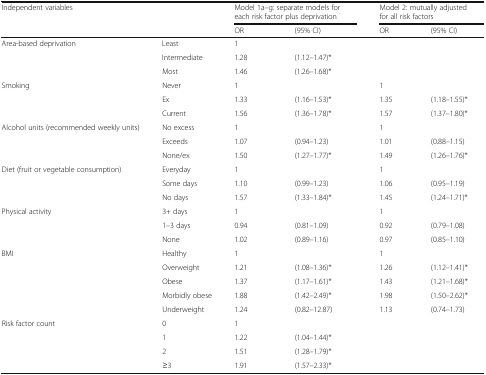
| <ROWSPAN=2> Independent variables | <ROWSPAN=2>  | <COLSPAN=2> Model 1a–g: separate models for each risk factor plus deprivation | <COLSPAN=2> Model 2: mutually adjusted for all risk factors |
 | OR | (95% CI) | OR | (95% CI) |
 | --- | --- | --- | --- | --- | --- |
 | <ROWSPAN=3> Area-based deprivation | Least | 1 |  |  |  |
 | Intermediate | 1.28 | (1.12–1.47)* |  |  |
 | Most | 1.46 | (1.26–1.68)* |  |  |
 | <ROWSPAN=3> Smoking | Never | 1 |  | 1 |  |
 | Ex | 1.33 | (1.16–1.53)* | 1.35 | (1.18–1.55)* |
 | Current | 1.56 | (1.36–1.78)* | 1.57 | (1.37–1.80)* |
 | <ROWSPAN=3> Alcohol units (recommended weekly units) | No excess | 1 |  | 1 |  |
 | Exceeds | 1.07 | (0.94–1.23) | 1.01 | (0.88–1.15) |
 | None/ex | 1.50 | (1.27–1.77)* | 1.49 | (1.26–1.76)* |
 | <ROWSPAN=3> Diet (fruit or vegetable consumption) | Everyday | 1 |  | 1 |  |
 | Some days | 1.10 | (0.99–1.23) | 1.06 | (0.95–1.19) |
 | No days | 1.57 | (1.33–1.84)* | 1.45 | (1.24–1.71)* |
 | <ROWSPAN=3> Physical activity | 3+ days | 1 |  | 1 |  |
 | 1–3 days | 0.94 | (0.81–1.09) | 0.92 | (0.79–1.08) |
 | None | 1.02 | (0.89–1.16) | 0.97 | (0.85–1.10) |
 | <ROWSPAN=5> BMI | Healthy | 1 |  | 1 |  |
 | Overweight | 1.21 | (1.08–1.36)* | 1.26 | (1.12–1.41)* |
 | Obese | 1.37 | (1.17–1.61)* | 1.43 | (1.21–1.68)* |
 | Morbidly obese | 1.88 | (1.42–2.49)* | 1.98 | (1.50–2.62)* |
 | Underweight | 1.24 | (0.82–12.87) | 1.13 | (0.74–1.73) |
 | <ROWSPAN=4> Risk factor count | 0 | 1 |  |  |  |
 | 1 | 1.22 | (1.04–1.44)* |  |  |
 | 2 | 1.51 | (1.28–1.79)* |  |  |
 | ≥3 | 1.91 | (1.57–2.33)* |  |  |